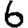
Digit: 6